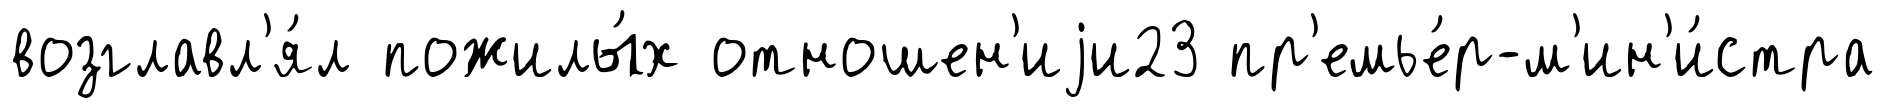
возглавл'я́л пожилы́х отношен'иjи23 пр'емье́р-м'ин'и́стра